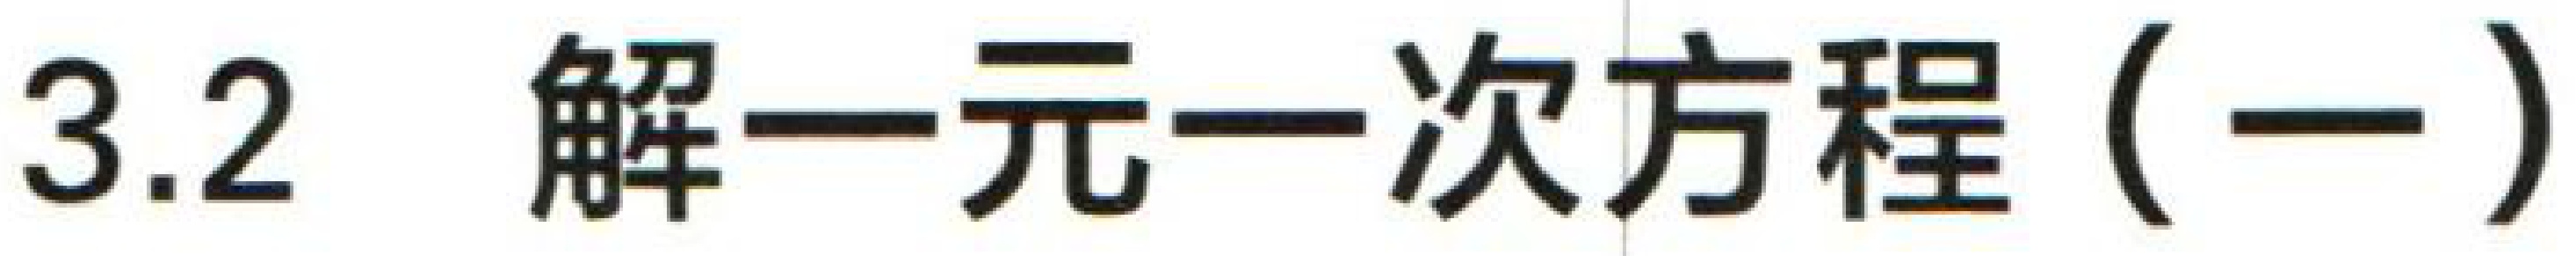
3.2 解一元一次方程（一）